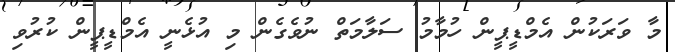
މާ ވަރަކުން އެމްޑީޕީން ހުމާމު ސަލާމަތް ނުވެގެން މި އުޅެނީ އެމްޑީޕީން ކުރުވި